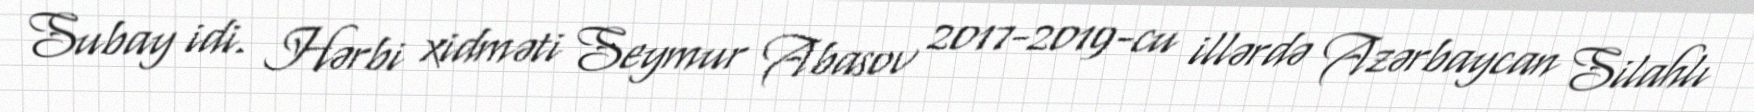
Subay idi. Hərbi xidməti Seymur Abasov 2017-2019-cu illərdə Azərbaycan Silahlı